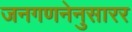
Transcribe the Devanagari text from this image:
जनगणनेनुसारर